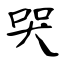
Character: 哭